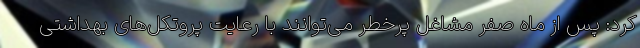
کرد: پس از ماه صفر مشاغل پرخطر می‌توانند با رعایت پروتکل‌های بهداشتی